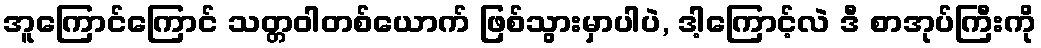
အူကြောင်ကြောင် သတ္တဝါတစ်ယောက် ဖြစ်သွားမှာပါပဲ, ဒါ့ကြောင့်လဲ ဒီ စာအုပ်ကြီးကို